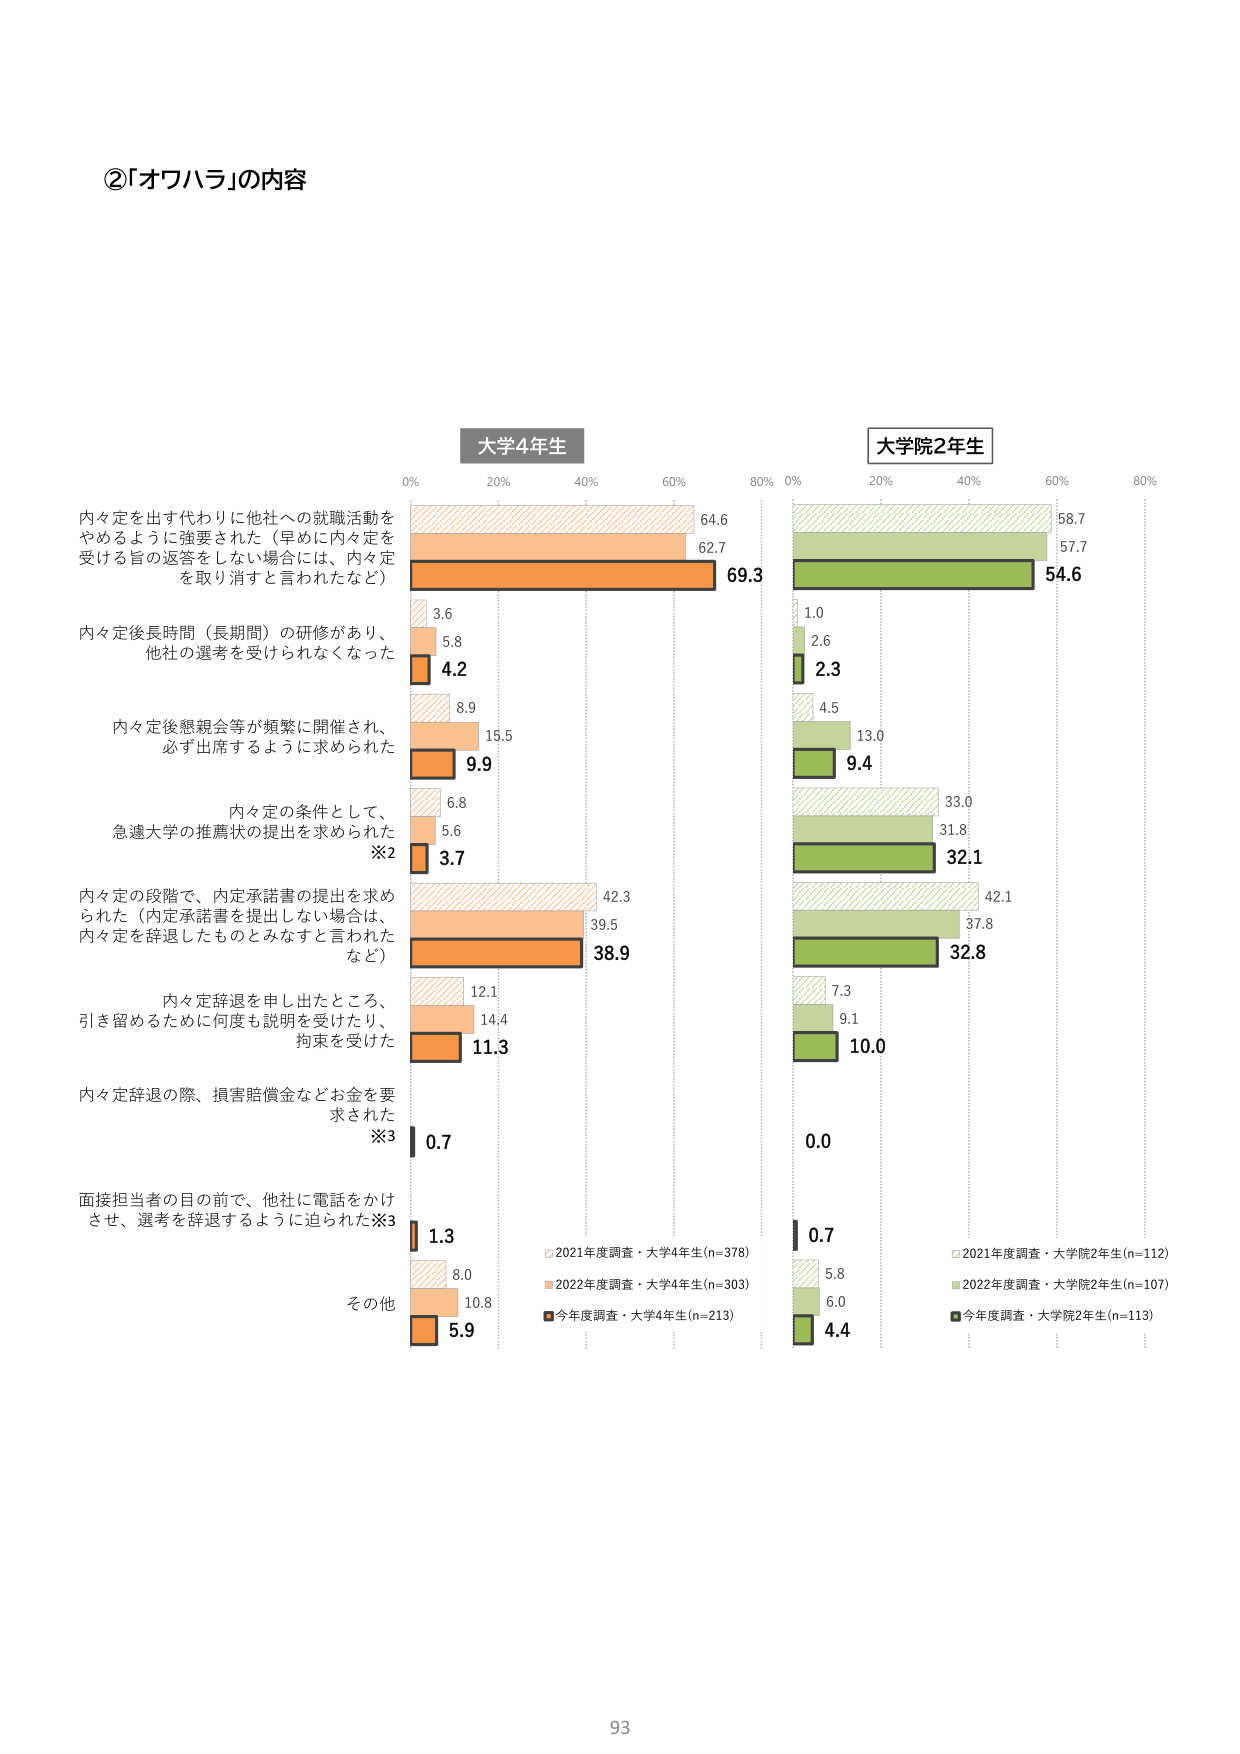
②「オワハラ」の内容

大学4年生
0% 20% 40% 60% 80%

内々定を出す代わりに他社への就職活動を
やめるように強要された（早めに内々定を
受ける旨の返答をしない場合には、内々定
を取り消すと言われたなど）
64.6
62.7
69.3

内々定後長時間（長期間）の研修があり、
他社の選考を受けられなくなった
3.6
5.8
4.2

内々定後懇親会等が頻繁に開催され、
必ず出席するように求められた
8.9
15.5
9.9

内々定の条件として、
急遽大学の推薦状の提出を求められた
※2
6.8
5.6
3.7

内々定の段階で、内定承諾書の提出を求め
られた（内定承諾書を提出しない場合は、
内々定を辞退したものとみなすと言われた
など）
42.3
39.5
38.9

内々定辞退を申し出たところ、
引き留めるために何度も説明を受けたり、
拘束を受けた
12.1
14.4
11.3

内々定辞退の際、損害賠償金などお金を要
求された
※3
0.7

面接担当者の目の前で、他社に電話をかけ
させ、選考を辞退するように迫られた※3
1.3

その他
8.0
10.8
5.9

□2021年度調査・大学4年生(n=378)
■2022年度調査・大学4年生(n=303)
■今年度調査・大学4年生(n=213)

大学院2年生
0% 20% 40% 60% 80%

58.7
57.7
54.6

1.0
2.6
2.3

4.5
13.0
9.4

33.0
31.8
32.1

42.1
37.8
32.8

7.3
9.1
10.0

0.0

0.7
5.8
6.0
4.4

□2021年度調査・大学院2年生(n=112)
■2022年度調査・大学院2年生(n=107)
■今年度調査・大学院2年生(n=113)

93